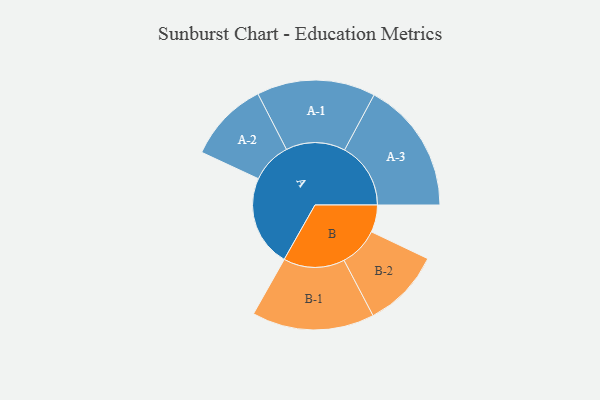
{"axis": {"x": "Segment", "y": "Value"}, "legend": ["", "A", "B"], "data": [{"x": "A", "y": 336, "type": ""}, {"x": "B", "y": 100, "type": ""}, {"x": "A-1", "y": 218, "type": "A"}, {"x": "A-2", "y": 149, "type": "A"}, {"x": "A-3", "y": 243, "type": "A"}, {"x": "B-1", "y": 225, "type": "B"}, {"x": "B-2", "y": 145, "type": "B"}]}